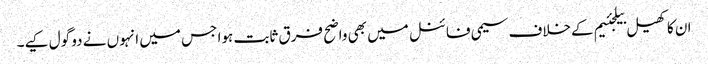
ان کا کھیل بیلجئیم کےخلاف سیمی فائنل میں بھی واضح فرق ثابت ہوا جس میں انہوں نے دو گول کیے۔